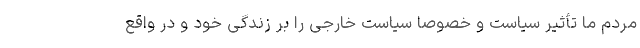
مردم ما تأثیر سیاست و خصوصا سیاست خارجی را بر زندگی خود و در واقع